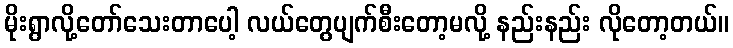
မိုးရွာလို့တော်သေးတာပေါ့ လယ်တွေပျက်စီးတော့မလို့ နည်းနည်း လိုတော့တယ်။